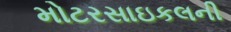
મોટરસાઇકલની